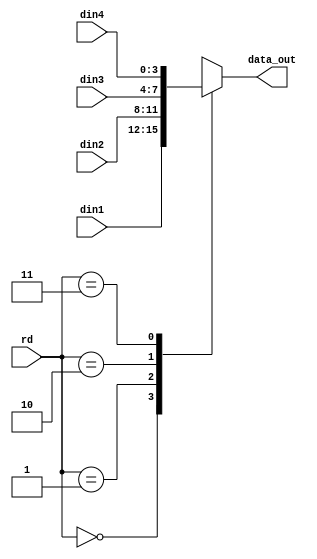
`timescale 1ns / 1ps
//////////////////////////////////////////////////////////////////////////////////
// Company: 
// Engineer: 
// 
// Design Name: 
// Module Name:    mux4x1 
// Project Name: 
// Target Devices: 
// Tool versions: 
// Description: 
//
// Dependencies: 
//
// Revision: 
// Revision 0.01 - File Created
// Additional Comments: 
//
//////////////////////////////////////////////////////////////////////////////////
module mux4x1(rd,data_out,din1,din2,din3,din4);
input [1:0]rd;
output reg [3:0]data_out;
input [3:0]din1;
input [3:0]din2;
input [3:0]din3;
input [3:0]din4;
always @ *
begin
case (rd)
2'b00: begin data_out=din1; end
2'b01: begin data_out=din2; end
2'b10: begin data_out=din3; end
2'b11: begin data_out=din4; end
endcase
end
endmodule